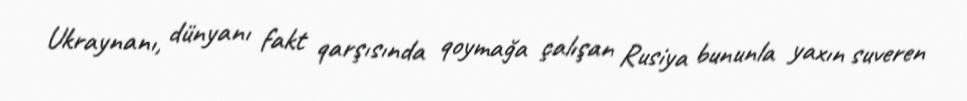
Ukraynanı, dünyanı fakt qarşısında qoymağa çalışan Rusiya bununla yaxın suveren